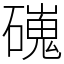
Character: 䃬